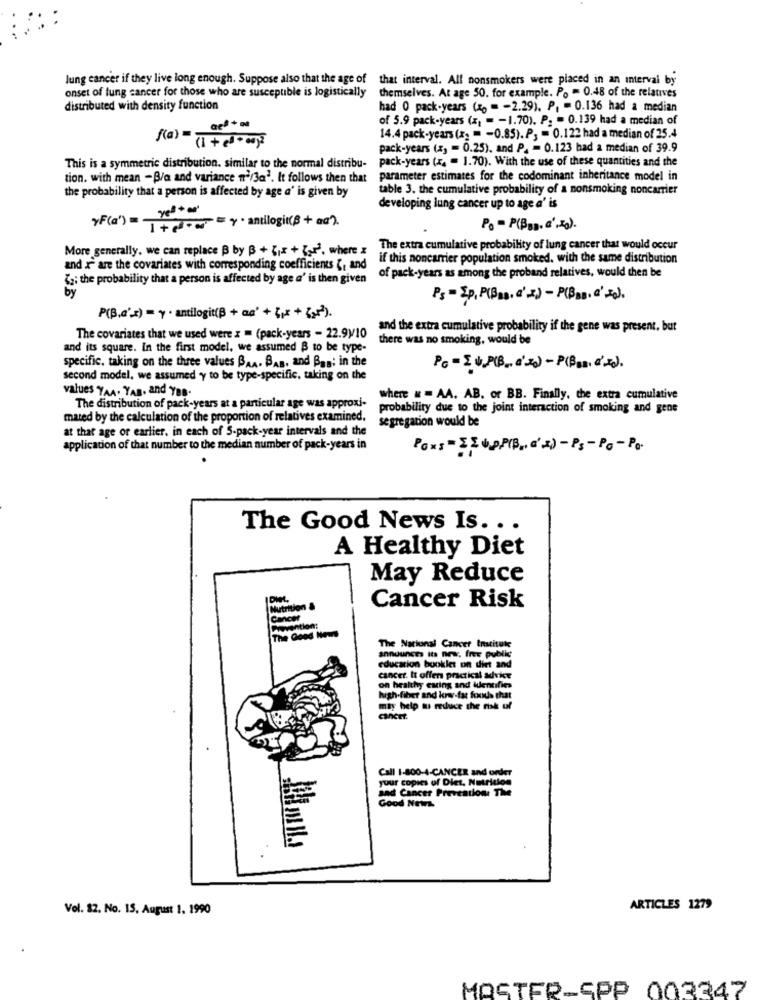
Jung cancer if they live long enough. Suppose also that the age of that interval. All nonsmokers were placed in an interval by
onset of lung cancer for those who are susceptible is logistically
themselves. At age 50. for example. Po = 0.48 of the relatives
distributed with density function
had 0 pack-years (x) = - 2.29). P, - 0.136 had a median
of 5.9 pack-years (x) = - 1.70). P. = 0.139 had a median of
14.4 pack-years (x) = - 0.85). P, = 0.122 had a median of 25.4
{(a) = (1 + ed + 00)
pack-years (x) = 0.25). and P. = 0.123 had a median of 39.9
This is a symmetric distribution. similar to the normal distribu- pack-years (x. = 1.70). With the use of these quantities and the
tion. with mean -B/a and variance n'/3a'. It follows then that parameter estimates for the codominant inheritance model in
the probability that a person is affected by age a' is given by
table 3. the cumulative probability of a nonsmoking noncarrier
YF(a')= "0"+
developing lung cancer up to age a' is
Po - P(Bas. a', 4g).
More generally. we can replace B by B + {1x + Z212, where x
The extra cumulative probability of lung cancer that would occur
if this noncarrier population smoked, with the same distribution
and I are the covariates with corresponding coefficients {, and
"; the probability that a person is affected by age a' is then given
of pack-years as among the proband relatives, would then be
by
Ps - Ep, P(Pas, C'2) - P(Bas. C' 20).
P(B.a'x) = y · antilogit(B + aa' + {/* + {2ª).
and the extra cumulative probability if the gene was present, but
The covariates that we used were z = (pack-years - 22.99/10
there was no smoking, would be
and its square. In the first model, we assumed B to be type-
specific, taking on the three values BAA. BAB, and Bag; in the
Pc -IV P(B, c'2) - P(B.s. d'x).
second model, we assumed y to be type-specific, taking on the
values TAA. YAB, and Yes.
where = = AA. AB. or BB. Finally, the extra cumulative
The distribution of pack-years at a particular age was approxi-
probability due to the joint interaction of smoking and gene
mated by the calculation of the proportion of relatives examined.
segregation would be
at that age or earlier, in each of S-pack-year intervals and the
application of that number to the median number of pack-years in
Pons = ILupp(B ., d'a) - Ps - Po - Po-
The Good News Is. ..
A Healthy Diet
May Reduce
Cancer Risk
The
The National Cancer Institute
announces its new, free public
education buckles on diet and
cancer. It offers practical advice
on healthy eating and identifies
high-fiber and kowy-fat foods that
may help mu reduce the risk of
cancEt.
Call 1-800-4-CANCER and order
your copies of Diet, Nutrition
and Cancer Prevention: The
Good News
Vol. 32. No. 15. August 1. 1990
ARTICLES 1279
MOSTER-SPP 003347